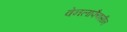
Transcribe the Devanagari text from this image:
वेनलाफैक्सीन